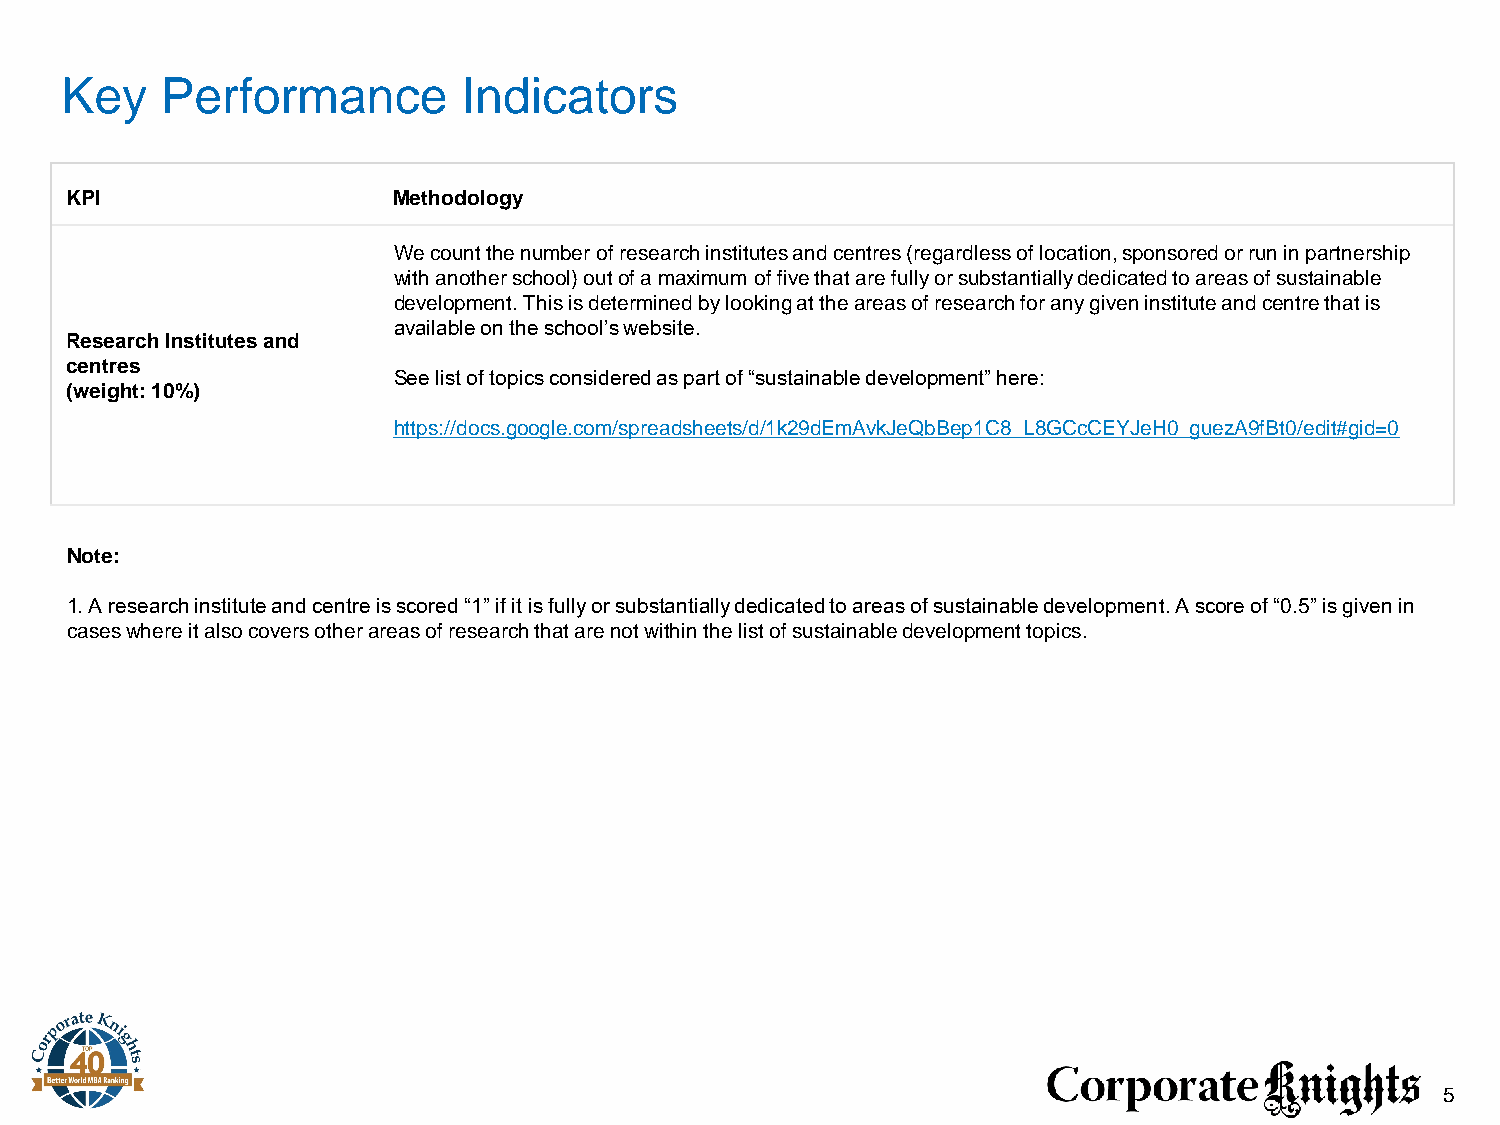
Key    Performance         Indicators
 KPI                   Methodology
 We count the number of research institutes and centres (regardless of location, sponsored or run in partnership
 with another school) out of a maximum of five that are fully or substantially dedicated to areas of sustainable
 development. This is determined by looking at the areas of research for any given institute and centre that is
 available on the school’s website.
 Research Institutes and
 centres
 See list of topics considered as part of “sustainable development” here:
 (weight: 10%)
 https://docs.google.com/spreadsheets/d/1k29dEmAvkJeQbBep1C8_L8GCcCEYJeH0_guezA9fBt0/edit#gid=0
 Note:
 1. A research institute and centre is scored “1” if it is fully or substantially dedicated to areas of sustainable development. A score of “0.5” is given in
 cases where it also covers other areas of research that are not within the list of sustainable development topics.
 5